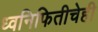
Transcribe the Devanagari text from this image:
ध्वनिफितीचेही